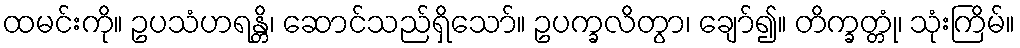
ထမင်းကို။ ဥပသံဟရန္တိ၊ ဆောင်သည်ရှိသော်။ ဥပက္ခလိတွာ၊ ချော်၍။ တိက္ခတ္တုံ၊ သုံးကြိမ်။